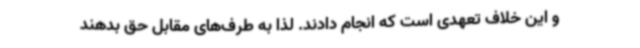
و این خلاف تعهدی است که انجام دادند. لذا به طرف‌های مقابل حق بدهند